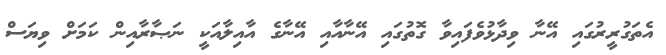
އެތަގުރީރުގައި އޭނާ ވިދާޅުވެފައިވާ ގޮތުގައި އޭނާއާއި އޭނާގެ އާއިލާއަކީ ނަޞާރާއިން ކަމަށް ވިޔަސް